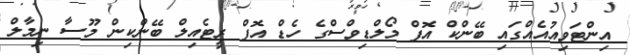
އިންޓަވިއުއެއްގައި ބޭންކް އޮފް މޯލްޑިވްސްގެ ހެޑް އޮފް ރީޓެއިލް ބޭންކިން މޫސާ ނިމާލް